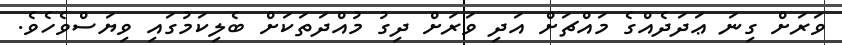
ވަރަށް ގިނަ ޢަދަދެއްގެ މައްޗަށް އަދި ވަރަށް ދިގު މުއްދަތަކަށް ބެލިކަމުގައި ވިޔަސްވެހެވެ.